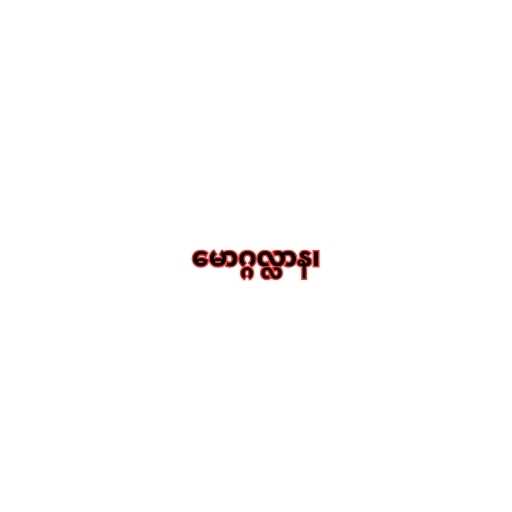
မောဂ္ဂလ္လာန၊